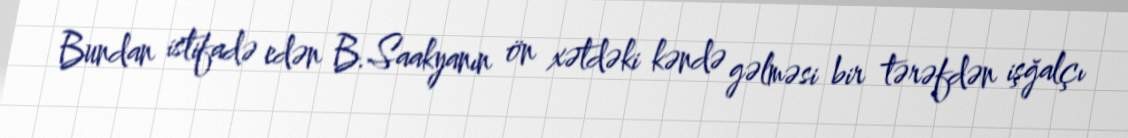
Bundan istifadə edən B.Saakyanın ön xətdəki kəndə gəlməsi bir tərəfdən işğalçı